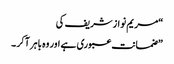
“مریم نوازشریف کی
”ضمانت عبوری ہے اور وہ باہر آکر ۔